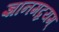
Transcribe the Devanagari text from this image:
ज्ञानमद्वयम्‌